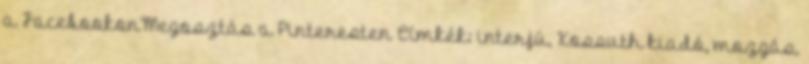
a FacebookonMegosztás a Pinteresten Címkék: interjú, Kossuth kiadó, mozgás,